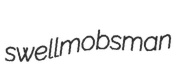
swellmobsman